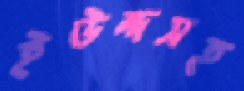
ইউন্দসহ